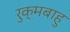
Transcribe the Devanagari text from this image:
रुक्मबाहु